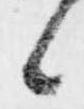
候